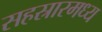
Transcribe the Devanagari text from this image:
सहस्रारमध्य